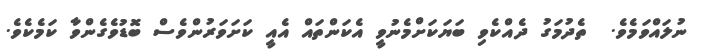
ނުލައްވަމެވެ.  ތެދުމަގު ދެއްކެވި ބަޔަކަށްމެނުވީ އެކަންތައް އެއީ ކަށަވަރުންވެސް ބޮޑުވެގެންވާ ކަމެކެވެ.